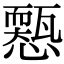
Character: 𢣓